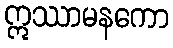
ဣဿာမနကော